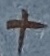
Text: +